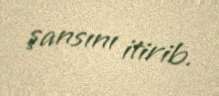
şansını itirib.